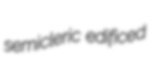
semicleric edificed